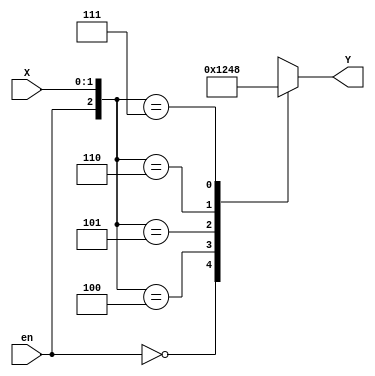
`timescale 1ns / 1ps
//////////////////////////////////////////////////////////////////////////////////
// Company: 
// Engineer: 
// 
// Design Name: 
// Module Name: decoder2x4
// Project Name: 
// Target Devices: 
// Tool Versions: 
// Description: 
// 
// Dependencies: 
// 
// Revision:
// Revision 0.01 - File Created
// Additional Comments:
// 
//////////////////////////////////////////////////////////////////////////////////


module decoder2x4(
    input [1:0] X,
    input en,
    output reg [3:0] Y
    );
    
    always @*
        casex({en, X})
            3'b0??: Y = 4'b0000;
            3'b100: Y = 4'b0001;
            3'b101: Y = 4'b0010;
            3'b110: Y = 4'b0100;
            3'b111: Y = 4'b1000;
            //default: Y = 4'b0000; //Can use instead of first case
        endcase
    
endmodule